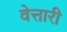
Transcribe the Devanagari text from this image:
वेत्तारी